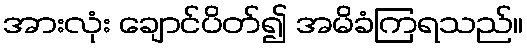
အားလုံး ချောင်ပိတ်၍ အမိခံကြရသည်။